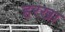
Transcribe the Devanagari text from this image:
हरखा